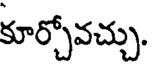
కూర్చోవచ్చు.